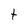
Character: t